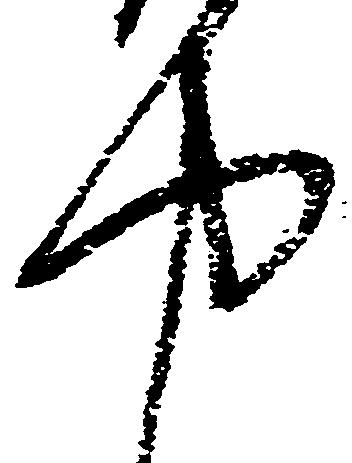
中